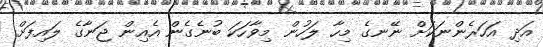
އަދި އަހަރެންނަކަށް ނޭނގެ މިހާ ލަހުން މިވާހަކަ ބުނެގެން އެއިން ޖަނާގެ ލައިފަށް